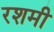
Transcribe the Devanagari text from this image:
रशमी